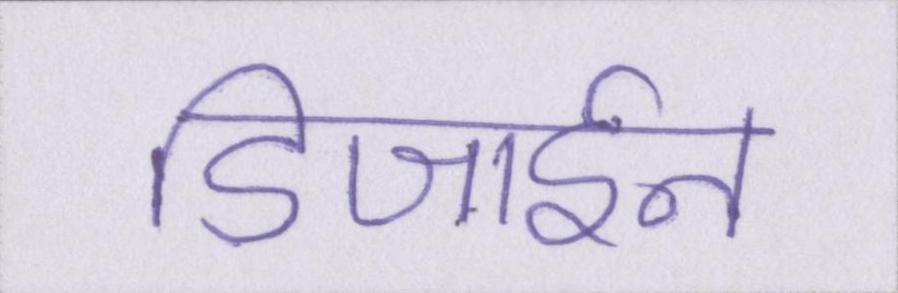
डिजाईन